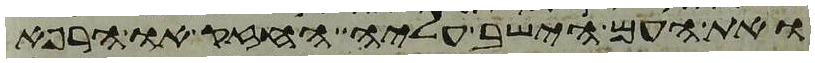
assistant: ואת העם הישב עליה החזק או הרפא